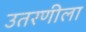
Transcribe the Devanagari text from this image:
उतरणीला